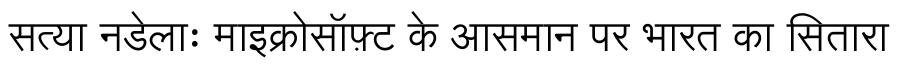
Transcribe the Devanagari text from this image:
सत्या नडेलाः माइक्रोसॉफ़्ट के आसमान पर भारत का सितारा